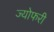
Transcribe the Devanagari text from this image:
ज्योफरी